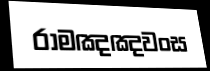
රාමඤඤවංස